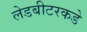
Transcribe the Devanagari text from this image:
लेडबीटरकडे